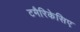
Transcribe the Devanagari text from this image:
टमैरिकेसिए